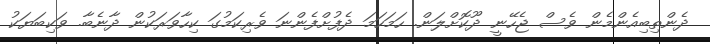
ދެންތިބިއެންމެން ވެސް ޖެހޭނީ ދޫކޮށްލަން. ހަމަހަމަ ދެފުށްފެންނަ ވެރިކަމުގަ ކިހާވަރަކުން ދާނެބާ. ވަކިބަޔަކު